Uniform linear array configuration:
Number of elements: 12
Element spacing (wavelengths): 0.75
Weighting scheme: hamming
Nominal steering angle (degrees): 30
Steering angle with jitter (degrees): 30.81
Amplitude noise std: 0.05
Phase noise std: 0.05

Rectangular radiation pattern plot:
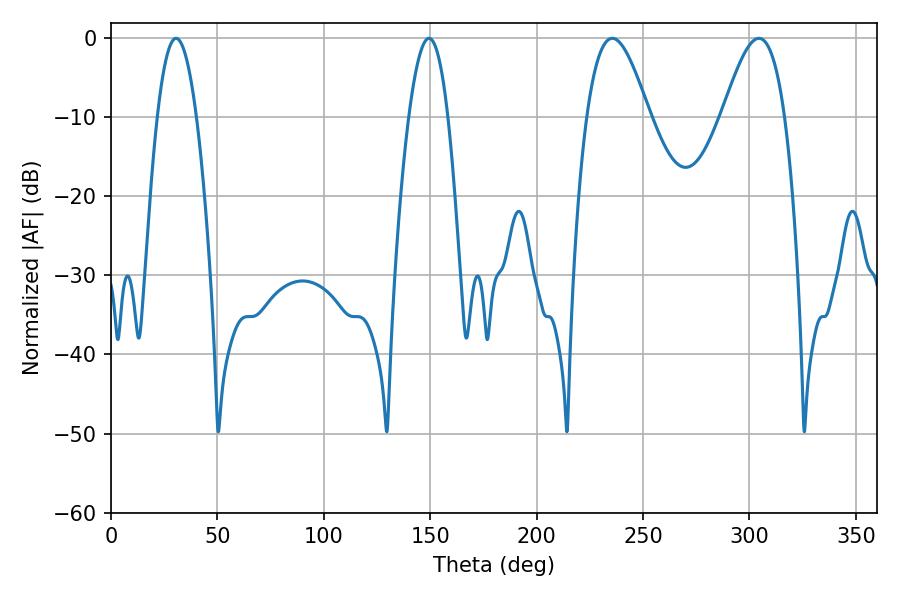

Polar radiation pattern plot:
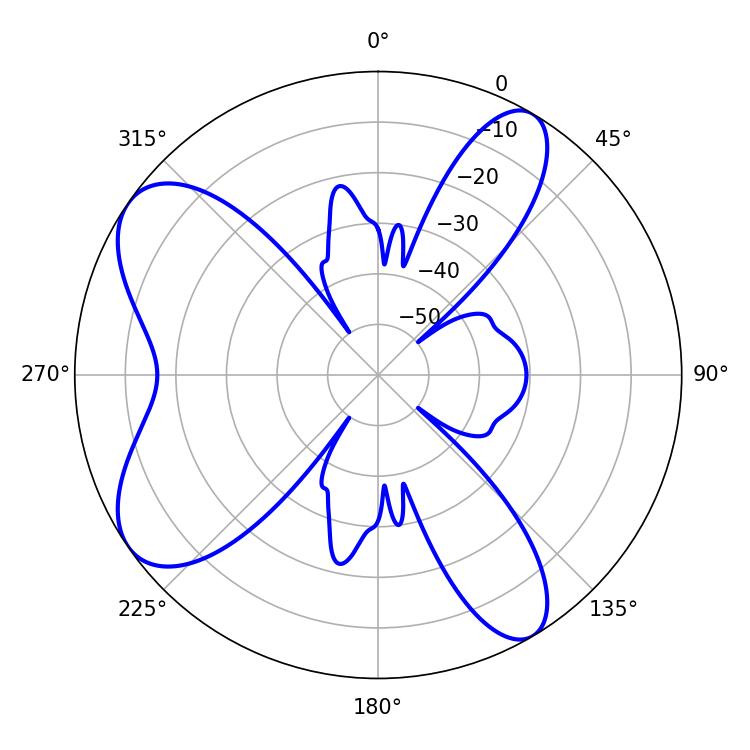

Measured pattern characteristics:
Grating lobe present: TRUE
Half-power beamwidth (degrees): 10.26
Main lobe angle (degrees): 30.6